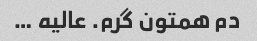
دم همتون گرم. عالیه …